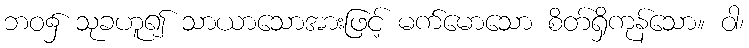
ဘဝ၌ သုခဟူ၍ သာယာသောအားဖြင့် မက်မောသော စိတ်ရှိကုန်သော။ ဝါ၊